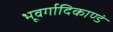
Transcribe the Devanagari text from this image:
भूवर्गादिकाण्डं